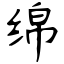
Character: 绵